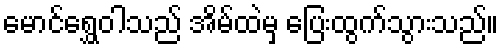
မောင်ရွှေဝါသည် အိမ်ထဲမှ ပြေးထွက်သွားသည်။